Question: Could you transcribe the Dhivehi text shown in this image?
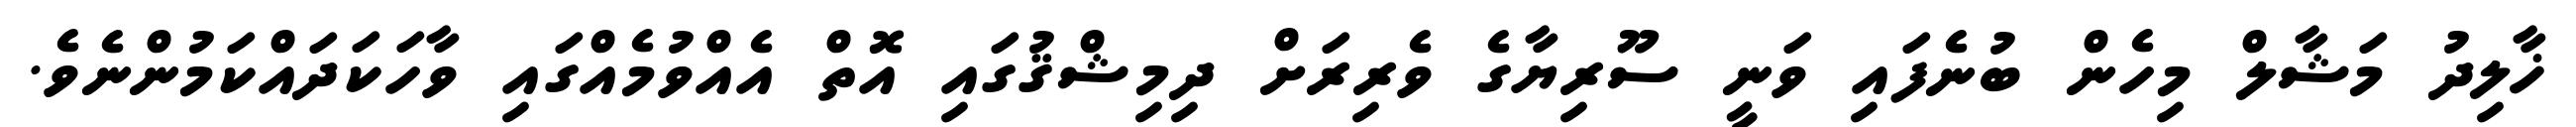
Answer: ޚާލިދު މަޝާލް މިހެން ބުނެފައި ވަނީ ސޫރިޔާގެ ވެރިރަށް ދިމިޝްޤުގައި އޮތް އެއްވުމެއްގައި ވާހަކަދައްކަމުންނެވެ.